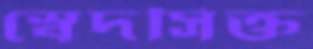
স্বেদসিক্ত